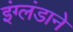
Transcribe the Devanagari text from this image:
इंग्लंडाने